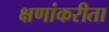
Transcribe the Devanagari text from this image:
क्षणांकरीता